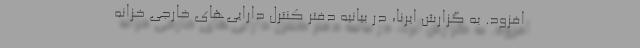
افزود. به گزارش ایرنا، در بیانیه دفتر کنترل دارایی‌های خارجی خزانه